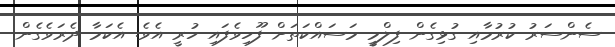
ސެންސަރު ކުރުމާއި ގުޅިގެން ފިލްމީ މަސައްކަތަށް ފޫހިވެފައި ހުރީ އެވެ. އެކަމާ ދެރަވެގެން